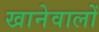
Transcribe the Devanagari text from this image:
खानेवालों